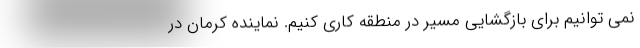
نمی توانیم برای بازگشایی مسیر در منطقه کاری کنیم. نماینده کرمان در